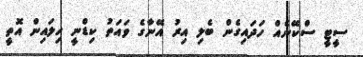
ސީޓީ ސްކޭނެއް ހަދައިގެން ބެލި އިރު އޭނާގެ ވައަތު ކިޑްނީ ހިލައިން އޮތީ